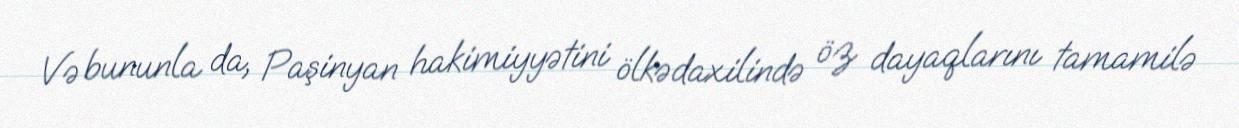
Və bununla da, Paşinyan hakimiyyətini ölkədaxilində öz dayaqlarını tamamilə